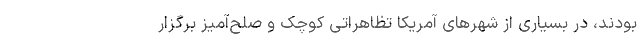
بودند، در بسیاری از شهرهای آمریکا تظاهراتی کوچک و صلح‌آمیز برگزار